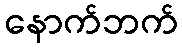
နောက်ဘက်